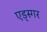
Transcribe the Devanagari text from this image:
एड्स्गर